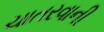
ચાતરવાની